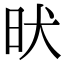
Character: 𣅤